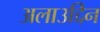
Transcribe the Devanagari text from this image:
अलाउद्दिन